Report of the Indian Hemp Drugs Commission, 1894-1895 - Volume V
Year: 1894
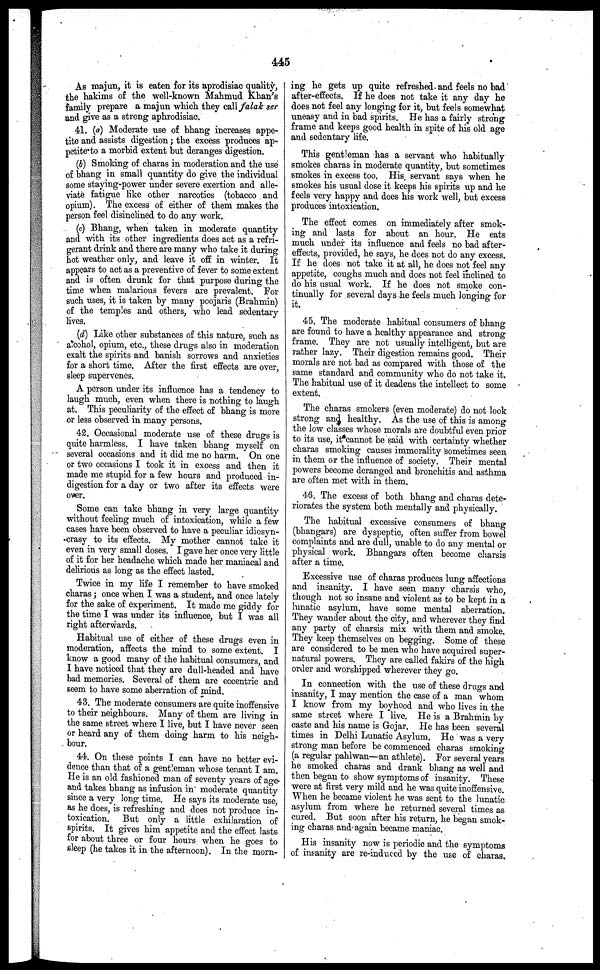
445
As majun, it is eaten for its aprodisiac quality,
the hakims of the well-known Mahmud Khan's
family prepare a majun which they call falak ser
and give as a strong aphrodisiac.
41. (a) Moderate use of bhang increases appe-
tite and assists digestion; the excess produces ap-
petite'to a morbid extent but deranges digestion.
(b) Smoking of charas in moderation and the use
of bhang in small quantity do give the individual
some staying-power under severe exertion and alle-
viate fatigue like other narcotics (tobacco and
opium). The excess of either of them makes the
person feel disinclined to do any work.
(c) Bhang, when taken in moderate quantity
and with its other ingredients does act as a refri-
gerant drink and there are many who take it during
hot weather only, and leave it off in winter. It
appears to act as a preventive of fever to some extent
and is often drunk for that purpose during the
time when malarious fevers are prevalent. For
such uses, it is taken by many poojaris (Brahmin)
of the temples and others, who lead sedentary
lives.
(d) Like other substances of this nature, such as
alcohol, opium, etc., these drugs also in moderation
exalt the spirits and banish sorrows and anxieties
for a short time. After the first effects are over,
sleep supervenes.
A person under its influence has a tendency to
laugh much, even when there is nothing to laugh
at. This peculiarity of the effect of bhang is more
or less observed in many persons.
42. Occasional moderate use of these drugs is
quite harmless. I have taken bhang myself on
several occasions and it did me no harm. On one
or two occasions I took it in excess and then it
made me stupid for a few hours and produced in-
digestion for a day or two after its effects were
over.
Some can take bhang in very large quantity
without feeling much of intoxication, while a few
cases have been observed to have a peculiar idiosyn-
crasy to its effects. My mother cannot take it
even in very small doses. I gave her once very little
of it for her headache which made her maniacal and
delirious as long as the effect lasted.
Twice in my life I remember to have smoked
charas ; once when I was a student, and once lately
for the sake of experiment. It made me giddy for
the time I was under its influence, but I was all
right afterwards.
Habitual use of either of these drugs even in
moderation, affects the mind to some extent. I
know a good many of the habitual consumers, and
I have noticed that they are dull-headed and have
bad memories. Several of them are eccentric and
seem to have some aberration of mind.
43. The moderate consumers are quite inoffensive
to their neighbours. Many of them are living in
the same street where I live, but I have never seen
or heard any of them doing harm to his neigh-
bour.
44. On these points I can have no better evi-
dence than that of a gentleman whose tenant I am.
He is an old fashioned man of seventy years of age-
and takes bhang as infusion in moderate quantity
since a very long time. He says its moderate use,
as he does, is refreshing and does not produce in-
toxication. But only a little exhilaration of
spirits. It gives him appetite and the effect lasts
for about three or four hours when he goes to
sleep (he takes it in the afternoon). In the morn-
ing he gets up quite refreshed and feels no bad
after-effects. If he does not take it any day he
does not feel any longing for it, but feels somewhat
uneasy and in bad spirits. He has a fairly strong
frame and keeps good health in spite of his old age
and sedentary life.
This gentleman has a servant who habitually
smokes charas in moderate quantity, but sometimes
smokes in excess too. His. servant says when he
smokes his usual dose it keeps his spirits up and he
feels very happy and does his work well, but excess
produces intoxication.
The effect comes on immediately after smok-
ing and lasts for about an hour. He eats
much under its influence and feels no bad after-
effects, provided, he says, he does not do any excess.
If he does not take it at all, he does not feel any
appetite, coughs much and does not feel inclined to
do his usual work. If he does not smoke con-
tinually for several days he feels much longing for
it.
45. The moderate habitual consumers of bhang
are found to have a healthy appearance and strong
frame. They are not usually intelligent, but are
rather lazy. Their digestion remains good. Their
morals are not bad as compared with those of the
same standard and community who do not take it.
The habitual use of it deadens the intellect to some
extent.
The charas smokers (even moderate) do not look
strong and healthy. As the use of this is among
the low classes whose morals are doubtful even prior
to its use, it cannot be said with certainty whether
charas smoking causes immorality sometimes seen
in them or the influence of society. Their mental
powers become deranged and bronchitis and asthma
are often met with in them.
46. The excess of both bhang and charas dete-
riorates the system both mentally and physically.
The habitual excessive consumers of bhang
(bhangars) are dyspeptic, often suffer from bowel
complaints and are dull, unable to do any mental or
physical work. Bhangars often become charsis
after a time.
Excessive use of charas produces lung affections
and insanity. I have seen many charsis who,
though not so insane and violent as to be kept in a
lunatic asylum, have some mental aberration.
They wander about the city, and wherever they find
any party of charsis mix with them and smoke.
They keep themselves on begging. Some of these
are considered to be men who have acquired super-
natural powers. They are called fakirs of the high
order and worshipped wherever they go.
In connection with the use of these drugs and
insanity, I may mention the case of a man whom
I know from my boyhood and who lives in the
same street where I live. He is a Brahmin by
caste and his name is Gojar. He has been several
times in Delhi Lunatic Asylum. He was a very
strong man before be commenced charas smoking
(a regular pahlwan—an athlete). For several years
he smoked charas and drank bhang as well and
then began to show symptoms of insanity. These
were at first very mild and he was quite inoffensive.
When he became violent he was sent to the lunatic
asylum from where he returned several times as
cured. But soon after his return, he began smok-
ing charas and-again became maniac.
His insanity now is periodic and the symptoms
of insanity are re-induced by the use of charas.